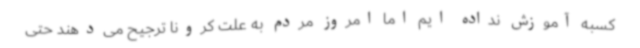
کسبه آموزش نداده ایم اما امروز مردم به علت کرونا ترجیح می‌دهند حتی